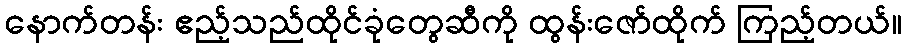
နောက်တန်း ဧည့်သည်ထိုင်ခုံတွေဆီကို ထွန်းဇော်ထိုက် ကြည့်တယ်။